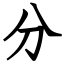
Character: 分